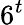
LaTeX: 6^{t}